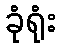
ခုံရုံး